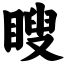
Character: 瞍